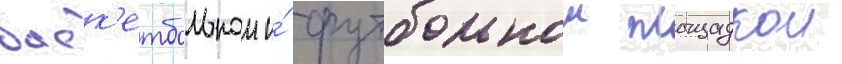
баск'етбольнои и́ футбольнои площадкои